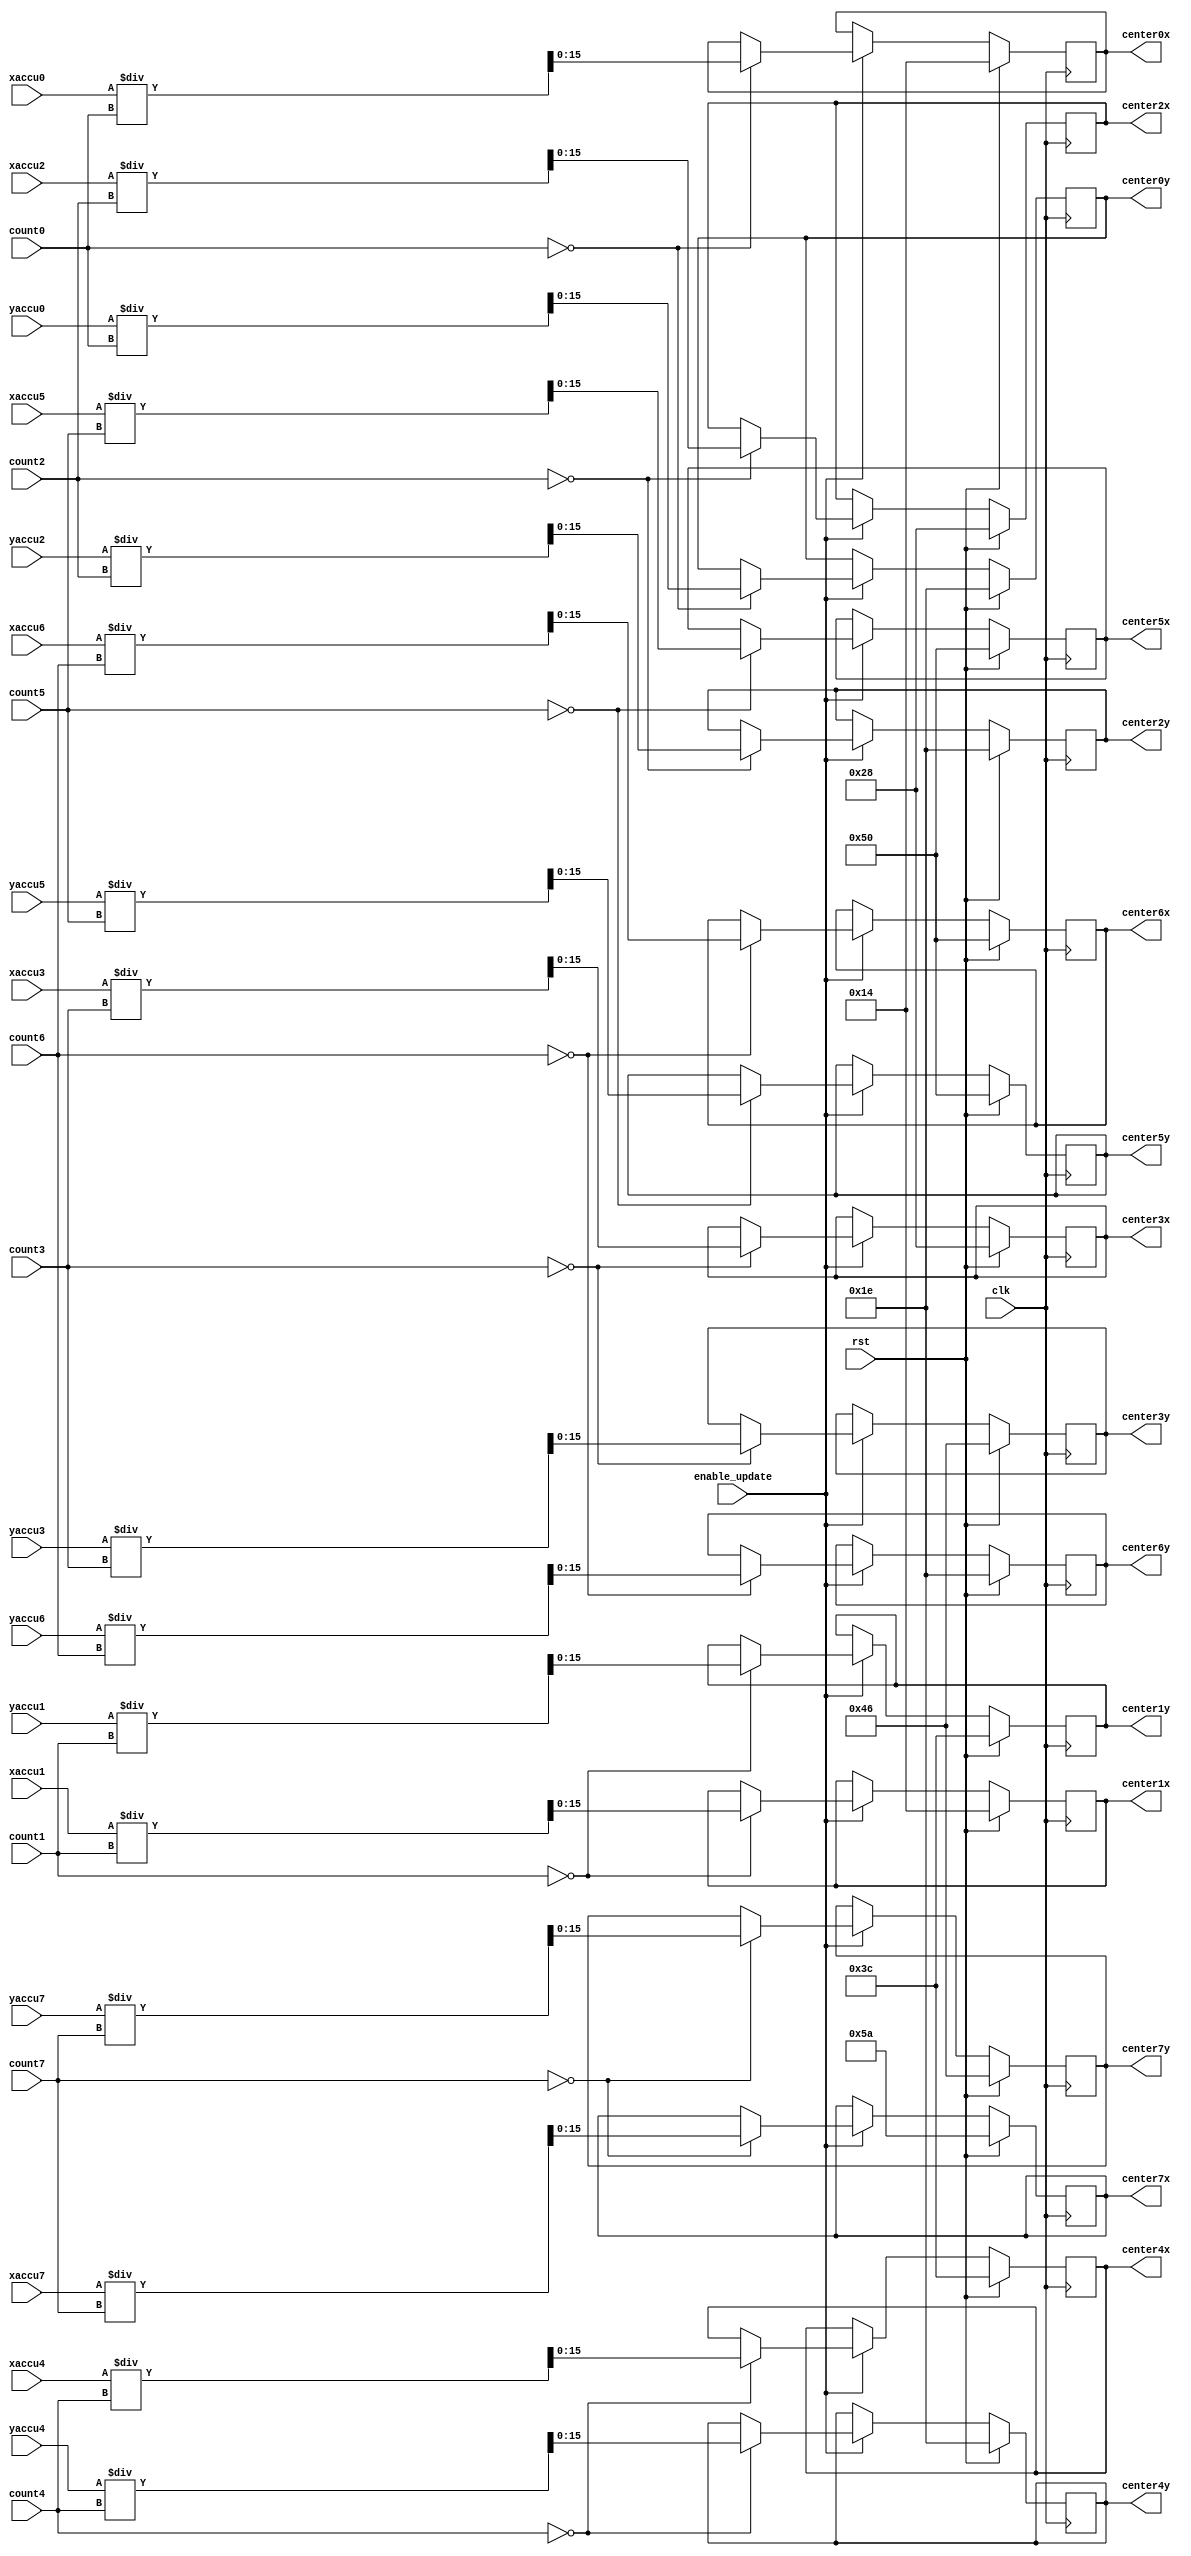
`timescale 1ns / 1ps
//////////////////////////////////////////////////////////////////////////////////
// Company: 
// Engineer: 
// 
// Design Name: 
// Module Name: update_centers
// Project Name: 
// Target Devices: 
// Tool Versions: 
// Description: 
// 
// Dependencies: 
// 
// Revision:
// Revision 0.01 - File Created
// Additional Comments:
// 
//////////////////////////////////////////////////////////////////////////////////
`define DEPTH 1024
`define LOG_DEPTH 10
`define WIDTH 16
`define DOUBLE_WIDTH 32
`define NUM_LABEL 8
`define LOG_NUM_LABEL 3


module update_centers(
    input clk,
    input rst,
    input enable_update,
    input [`DOUBLE_WIDTH-1: 0] xaccu0,
    input [`DOUBLE_WIDTH-1: 0] xaccu1,
    input [`DOUBLE_WIDTH-1: 0] xaccu2,
    input [`DOUBLE_WIDTH-1: 0] xaccu3,
    input [`DOUBLE_WIDTH-1: 0] xaccu4,
    input [`DOUBLE_WIDTH-1: 0] xaccu5,
    input [`DOUBLE_WIDTH-1: 0] xaccu6,
    input [`DOUBLE_WIDTH-1: 0] xaccu7,
    input [`DOUBLE_WIDTH-1: 0] yaccu0,
    input [`DOUBLE_WIDTH-1: 0] yaccu1,
    input [`DOUBLE_WIDTH-1: 0] yaccu2,
    input [`DOUBLE_WIDTH-1: 0] yaccu3,
    input [`DOUBLE_WIDTH-1: 0] yaccu4,
    input [`DOUBLE_WIDTH-1: 0] yaccu5,
    input [`DOUBLE_WIDTH-1: 0] yaccu6,
    input [`DOUBLE_WIDTH-1: 0] yaccu7,
    input [`LOG_DEPTH-1 : 0] count0,
    input [`LOG_DEPTH-1 : 0] count1,
    input [`LOG_DEPTH-1 : 0] count2,
    input [`LOG_DEPTH-1 : 0] count3,
    input [`LOG_DEPTH-1 : 0] count4,
    input [`LOG_DEPTH-1 : 0] count5,
    input [`LOG_DEPTH-1 : 0] count6,
    input [`LOG_DEPTH-1 : 0] count7,
    output reg [`WIDTH-1:0] center0x,
    output reg [`WIDTH-1:0] center1x,
    output reg [`WIDTH-1:0] center2x,
    output reg [`WIDTH-1:0] center3x,
    output reg [`WIDTH-1:0] center4x,
    output reg [`WIDTH-1:0] center5x,
    output reg [`WIDTH-1:0] center6x,
    output reg [`WIDTH-1:0] center7x,
    output reg [`WIDTH-1:0] center0y,
    output reg [`WIDTH-1:0] center1y,
    output reg [`WIDTH-1:0] center2y,
    output reg [`WIDTH-1:0] center3y,
    output reg [`WIDTH-1:0] center4y,
    output reg [`WIDTH-1:0] center5y,
    output reg [`WIDTH-1:0] center6y,
    output reg [`WIDTH-1:0] center7y
    );
    
    always@(posedge clk)
        begin
            if(rst)
            begin
                // initial centers;
                center0x<=20; center0y<=30;
                center1x<=20; center1y<=60;
                center2x<=40; center2y<=30;
                center3x<=40; center3y<=70;
                center4x<=60; center4y<=30;
                center5x<=80; center5y<=80;
                center6x<=80; center6y<=30;
                center7x<=90; center7y<=70;
            end
            else if(enable_update)
            begin
                if(!count0) begin center0x <= xaccu0/count0/*fill here according KMeans*/; 
                center0y <= yaccu0/count0/*fill here according KMeans*/; end
                if(!count1) begin center1x <= xaccu1/count1 /*fill here according KMeans*/; 
                center1y <= yaccu1/count1/*fill here according KMeans*/; end
                if(!count2) begin center2x <= xaccu2/count2/*fill here according KMeans*/; 
                center2y <= yaccu2/count2/*fill here according KMeans*/; end
                if(!count3) begin center3x <= xaccu3/count3/*fill here according KMeans*/; 
                center3y <= yaccu3/count3/*fill here according KMeans*/; end
                if(!count4) begin center4x <= xaccu4/count4/*fill here according KMeans*/; 
                center4y <= yaccu4/count4/*fill here according KMeans*/; end
                if(!count5) begin center5x <= xaccu5/count5/*fill here according KMeans*/; 
                center5y <= yaccu5/count5/*fill here according KMeans*/; end
                if(!count6) begin center6x <= xaccu6/count6/*fill here according KMeans*/; 
                center6y <= yaccu6/count6/*fill here according KMeans*/; end
                if(!count7) begin center7x <= xaccu7/count7/*fill here according KMeans*/; 
                center7y <= yaccu7/count7/*fill here according KMeans*/; end
           end
                
        end
endmodule